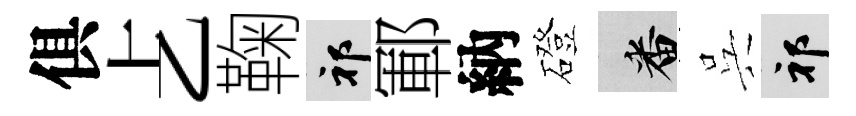
俱𠧒鞠祁鄆納磴番呉祁